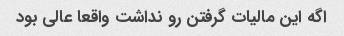
اگه این مالیات گرفتن رو نداشت واقعا عالی بود